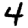
Digit: 4